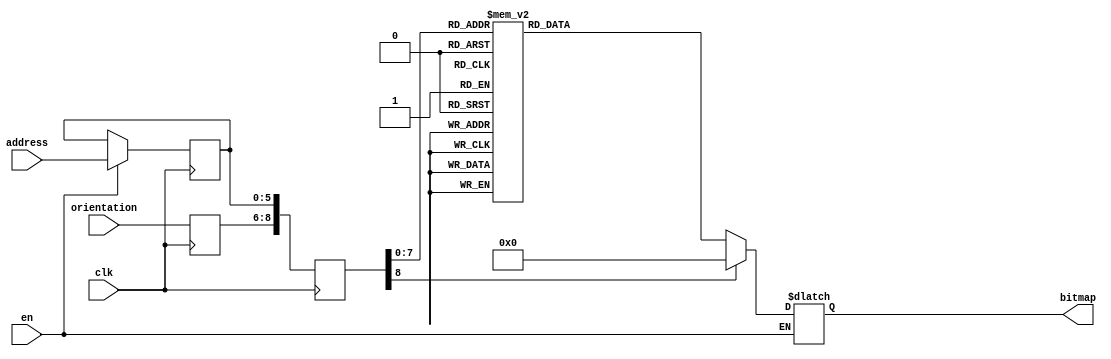
module newshape1 (clk, en, orientation, address, bitmap); 
    input  clk;
    input   en;
    input wire [2:0] orientation;
    input wire[5:0] address;
    output reg [50:0] bitmap;
    reg   [8:0] raddr;
    reg [5:0] address_reg;
    reg[2:0] orient_reg;
 always @(posedge clk)
 begin

    if (en)
     address_reg <= address;
     orient_reg <= orientation;
     raddr <= {orient_reg,address_reg};
 end

 always @(raddr) 
 begin
    if (en)
       case(raddr)
    9'b000000000 : bitmap <= 51'b000000000000000000000000010000000000000000000000000;
    9'b000000001 : bitmap <= 51'b000000000000000000000001111100000000000000000000000;
    9'b000000010 : bitmap <= 51'b000000000000000000000111111111000000000000000000000;
    9'b000000011 : bitmap <= 51'b000000000000000000001111111111100000000000000000000;
    9'b000000100 : bitmap <= 51'b000000000000000000111111111111110000000000000000000;
    9'b000000101 : bitmap <= 51'b000000000000000011111111111111100000000000000000000;
    9'b000000110 : bitmap <= 51'b000000000000001111111111111111100000000000000000000;
    9'b000000111 : bitmap <= 51'b000000000000011111111111111111000000000000000000000;
    9'b000001000 : bitmap <= 51'b000000000001111111111111111111000000000000000000000;
    9'b000001001 : bitmap <= 51'b000000000111111111111111111110000000000000000000000;
    9'b000001010 : bitmap <= 51'b000000001111111111111111111110000000000000000000000;
    9'b000001011 : bitmap <= 51'b000000111111111111111111111100000000000000001000000;
    9'b000001100 : bitmap <= 51'b000011111111111111111111111000000000000000011110000;
    9'b000001101 : bitmap <= 51'b000111111111111111111111111000000000000000011111000;
    9'b000001110 : bitmap <= 51'b011111111111111111111111110000000000000000111111110;
    9'b000001111 : bitmap <= 51'b111111111111111111111111110000000000000000111111111;
    9'b000010000 : bitmap <= 51'b111111111111111111111111100000000000000001111111111;
    9'b000010001 : bitmap <= 51'b111111111111111111111111100000000000000001111111111;
    9'b000010010 : bitmap <= 51'b111111111111111111111111000000000000000011111111111;
    9'b000010011 : bitmap <= 51'b111111111111111111111110000000000000000111111111111;
    9'b000010100 : bitmap <= 51'b111111111111111111111110000000000000000111111111111;
    9'b000010101 : bitmap <= 51'b111111111111111111111100000000000000001111111111111;
    9'b000010110 : bitmap <= 51'b111111111111111111110000000000000000001111111111111;
    9'b000010111 : bitmap <= 51'b000000000000000000000000000000000000011111111111111;
    9'b000011000 : bitmap <= 51'b000000000000000000000000000000000000011111111111111;
    9'b000011001 : bitmap <= 51'b000000000000000000000000000000000000111111111111111;
    9'b000011010 : bitmap <= 51'b000000000000000000000000000000000001111111111111111;
    9'b000011011 : bitmap <= 51'b000000000000000000000000000000000001111111111111111;
    9'b000011100 : bitmap <= 51'b000000000000000000000000000000000011111111111111111;
    9'b000011101 : bitmap <= 51'b000000000000000000000000000000000011111111111111111;
    9'b000011110 : bitmap <= 51'b000000000000000000000000000000000111111111111111111;
    9'b000011111 : bitmap <= 51'b000000000000000000000000000000000111111111111111111;
    9'b000100000 : bitmap <= 51'b000000000000000000000000000000001111111111111111111;
    9'b000100001 : bitmap <= 51'b000000000000000000000000000000011111111111111111111;
    9'b000100010 : bitmap <= 51'b000000000000000000000000000000111111111111111111111;
    9'b000100011 : bitmap <= 51'b000000000000000000000000000011111111111111111111111;
    9'b000100100 : bitmap <= 51'b000000000000000000000000001111111111111111111111111;
    9'b000100101 : bitmap <= 51'b111111111111111111111111111111111111111111111111111;
    9'b000100110 : bitmap <= 51'b111111111111111111111111111111111111111111111111111;
    9'b000100111 : bitmap <= 51'b111111111111111111111111111111111111111111111111111;
    9'b000101000 : bitmap <= 51'b111111111111111111111111111111111111111111111111111;
    9'b000101001 : bitmap <= 51'b111111111111111111111111111111111111111111111111111;
    9'b000101010 : bitmap <= 51'b111111111111111111111111111111111111111111111111111;
    9'b000101011 : bitmap <= 51'b111111111111111111111111111111111111111111111111111;
    9'b000101100 : bitmap <= 51'b111111111111111111111111111111111111111111111111111;
    9'b000101101 : bitmap <= 51'b011111111111111111111111111111111111111111111111110;
    9'b000101110 : bitmap <= 51'b000111111111111111111111111111111111111111111111000;
    9'b000101111 : bitmap <= 51'b000011111111111111111111111111111111111111111110000;
    9'b000110000 : bitmap <= 51'b000000111111111111111111111111111111111111111000000;
    9'b000110001 : bitmap <= 51'b000000001111111111111111111111111111111111100000000;
    9'b000110010 : bitmap <= 51'b000000000111111111111111111111111111111111000000000;
    9'b000110011 : bitmap <= 51'b000000000001111111111111111111111111111100000000000;
    9'b000110100 : bitmap <= 51'b000000000000011111111111111111111111110000000000000;
    9'b000110101 : bitmap <= 51'b000000000000001111111111111111111111100000000000000;
    9'b000110110 : bitmap <= 51'b000000000000000011111111111111111110000000000000000;
    9'b000110111 : bitmap <= 51'b000000000000000000111111111111111000000000000000000;
    9'b000111000 : bitmap <= 51'b000000000000000000001111111111100000000000000000000;
    9'b000111001 : bitmap <= 51'b000000000000000000000111111111000000000000000000000;
    9'b000111010 : bitmap <= 51'b000000000000000000000001111100000000000000000000000;
    9'b000111011 : bitmap <= 51'b000000000000000000000000010000000000000000000000000;


    
    
    9'b001000000 : bitmap <= 51'b000000000000000000000000010000000000000000000000000;
    9'b001000001 : bitmap <= 51'b000000000000000000000001111100000000000000000000000;
    9'b001000010 : bitmap <= 51'b000000000000000000000111111111000000000000000000000;
    9'b001000011 : bitmap <= 51'b000000000000000000001111111111100000000000000000000;
    9'b001000100 : bitmap <= 51'b000000000000000000011111111111111000000000000000000;
    9'b001000101 : bitmap <= 51'b000000000000000000001111111111111110000000000000000;
    9'b001000110 : bitmap <= 51'b000000000000000000001111111111111111100000000000000;
    9'b001000111 : bitmap <= 51'b000000000000000000000111111111111111110000000000000;
    9'b001001000 : bitmap <= 51'b000000000000000000000111111111111111111100000000000;
    9'b001001001 : bitmap <= 51'b000000000000000000000011111111111111111111000000000;
    9'b001001010 : bitmap <= 51'b000000000000000000000011111111111111111111100000000;
    9'b001001011 : bitmap <= 51'b000000100000000000000001111111111111111111111000000;
    9'b001001100 : bitmap <= 51'b000011110000000000000000111111111111111111111110000;
    9'b001001101 : bitmap <= 51'b000111110000000000000000111111111111111111111111000;
    9'b001001110 : bitmap <= 51'b011111111000000000000000011111111111111111111111110;
    9'b001001111 : bitmap <= 51'b111111111000000000000000011111111111111111111111111;
    9'b001010000 : bitmap <= 51'b111111111100000000000000001111111111111111111111111;
    9'b001010001 : bitmap <= 51'b111111111100000000000000001111111111111111111111111;
    9'b001010010 : bitmap <= 51'b111111111110000000000000000111111111111111111111111;
    9'b001010011 : bitmap <= 51'b111111111111000000000000000011111111111111111111111;
    9'b001010100 : bitmap <= 51'b111111111111000000000000000011111111111111111111111;
    9'b001010101 : bitmap <= 51'b111111111111100000000000000001111111111111111111111;
    9'b001010110 : bitmap <= 51'b111111111111100000000000000000011111111111111111111;
    9'b001010111 : bitmap <= 51'b111111111111110000000000000000000000000000000000000;
    9'b001011000 : bitmap <= 51'b111111111111110000000000000000000000000000000000000;
    9'b001011001 : bitmap <= 51'b111111111111111000000000000000000000000000000000000;
    9'b001011010 : bitmap <= 51'b111111111111111100000000000000000000000000000000000;
    9'b001011011 : bitmap <= 51'b111111111111111100000000000000000000000000000000000;
    9'b001011100 : bitmap <= 51'b111111111111111110000000000000000000000000000000000;
    9'b001011101 : bitmap <= 51'b111111111111111110000000000000000000000000000000000;
    9'b001011110 : bitmap <= 51'b111111111111111111000000000000000000000000000000000;
    9'b001011111 : bitmap <= 51'b111111111111111111000000000000000000000000000000000;
    9'b001100000 : bitmap <= 51'b111111111111111111100000000000000000000000000000000;
    9'b001100001 : bitmap <= 51'b111111111111111111110000000000000000000000000000000;
    9'b001100010 : bitmap <= 51'b111111111111111111111000000000000000000000000000000;
    9'b001100011 : bitmap <= 51'b111111111111111111111110000000000000000000000000000;
    9'b001100100 : bitmap <= 51'b111111111111111111111111100000000000000000000000000;
    9'b001100101 : bitmap <= 51'b111111111111111111111111111111111111111111111111111;
    9'b001100110 : bitmap <= 51'b111111111111111111111111111111111111111111111111111;
    9'b001100111 : bitmap <= 51'b111111111111111111111111111111111111111111111111111;
    9'b001101000 : bitmap <= 51'b111111111111111111111111111111111111111111111111111;
    9'b001101001 : bitmap <= 51'b111111111111111111111111111111111111111111111111111;
    9'b001101010 : bitmap <= 51'b111111111111111111111111111111111111111111111111111;
    9'b001101011 : bitmap <= 51'b111111111111111111111111111111111111111111111111111;
    9'b001101100 : bitmap <= 51'b111111111111111111111111111111111111111111111111111;
    9'b001101101 : bitmap <= 51'b011111111111111111111111111111111111111111111111110;
    9'b001101110 : bitmap <= 51'b000111111111111111111111111111111111111111111111000;
    9'b001101111 : bitmap <= 51'b000011111111111111111111111111111111111111111110000;
    9'b001110000 : bitmap <= 51'b000000111111111111111111111111111111111111111000000;
    9'b001110001 : bitmap <= 51'b000000001111111111111111111111111111111111100000000;
    9'b001110010 : bitmap <= 51'b000000000111111111111111111111111111111111000000000;
    9'b001110011 : bitmap <= 51'b000000000001111111111111111111111111111100000000000;
    9'b001110100 : bitmap <= 51'b000000000000011111111111111111111111110000000000000;
    9'b001110101 : bitmap <= 51'b000000000000001111111111111111111111100000000000000;
    9'b001110110 : bitmap <= 51'b000000000000000011111111111111111110000000000000000;
    9'b001110111 : bitmap <= 51'b000000000000000000111111111111111000000000000000000;
    9'b001111000 : bitmap <= 51'b000000000000000000001111111111100000000000000000000;
    9'b001111001 : bitmap <= 51'b000000000000000000000111111111000000000000000000000;
    9'b001111010 : bitmap <= 51'b000000000000000000000001111100000000000000000000000;
    9'b001111011 : bitmap <= 51'b000000000000000000000000010000000000000000000000000;


    
    9'b010000000 : bitmap <= 51'b000000000000000000000000010000000000000000000000000;
    9'b010000001 : bitmap <= 51'b000000000000000000000001111100000000000000000000000;
    9'b010000010 : bitmap <= 51'b000000000000000000000111111111000000000000000000000;
    9'b010000011 : bitmap <= 51'b000000000000000000001111111111100000000000000000000;
    9'b010000100 : bitmap <= 51'b000000000000000000011111111111100000000000000000000;
    9'b010000101 : bitmap <= 51'b000000000000000011111111111111100000000000000000000;
    9'b010000110 : bitmap <= 51'b000000000000001111111111111111000000000000000000000;
    9'b010000111 : bitmap <= 51'b000000000000011111111111111111000000000000000000000;
    9'b010001000 : bitmap <= 51'b000000000001111111111111111110000000000000000000000;
    9'b010001001 : bitmap <= 51'b000000000111111111111111111110000000000000000000000;
    9'b010001010 : bitmap <= 51'b000000001111111111111111111100000000000000000000000;
    9'b010001011 : bitmap <= 51'b000000111111111111111111111100000000000000001000000;
    9'b010001100 : bitmap <= 51'b000011111111111111111111111000000000000000001110000;
    9'b010001101 : bitmap <= 51'b000111111111111111111111110000000000000000011111000;
    9'b010001110 : bitmap <= 51'b011111111111111111111111110000000000000000111111110;
    9'b010001111 : bitmap <= 51'b111111111111111111111111100000000000000000111111111;
    9'b010010000 : bitmap <= 51'b111111111111111111111111100000000000000001111111111;
    9'b010010001 : bitmap <= 51'b111111111111111111111111000000000000000001111111111;
    9'b010010010 : bitmap <= 51'b111111111111111111111111000000000000000011111111111;
    9'b010010011 : bitmap <= 51'b111111111111111111111110000000000000000111111111111;
    9'b010010100 : bitmap <= 51'b111111111111111111111110000000000000000111111111111;
    9'b010010101 : bitmap <= 51'b111111111111111111111100000000000000001111111111111;
    9'b010010110 : bitmap <= 51'b111111111111111111111000000000000000001111111111111;
    9'b010010111 : bitmap <= 51'b111111111111111111111000000000000000011111111111111;
    9'b010011000 : bitmap <= 51'b111111111111111111110000000000000000011111111111111;
    9'b010011001 : bitmap <= 51'b111111111111111111110000000000000000111111111111111;
    9'b010011010 : bitmap <= 51'b111111111111111111100000000000000001111111111111111;
    9'b010011011 : bitmap <= 51'b111111111111111111100000000000000001111111111111111;
    9'b010011100 : bitmap <= 51'b111111111111111111100000000000000001111111111111111;
    9'b010011101 : bitmap <= 51'b111111111111111111100000000000000011111111111111111;
    9'b010011110 : bitmap <= 51'b111111111111111111100000000000000011111111111111111;
    9'b010011111 : bitmap <= 51'b111111111111111111100000000000000001111111111111111;
    9'b010100000 : bitmap <= 51'b111111111111111111100000000000000001111111111111111;
    9'b010100001 : bitmap <= 51'b111111111111111111110000000000000001111111111111111;
    9'b010100010 : bitmap <= 51'b111111111111111111110000000000000000111111111111111;
    9'b010100011 : bitmap <= 51'b111111111111111111111000000000000000011111111111111;
    9'b010100100 : bitmap <= 51'b111111111111111111111000000000000000011111111111111;
    9'b010100101 : bitmap <= 51'b111111111111111111111100000000000000001111111111111;
    9'b010100110 : bitmap <= 51'b111111111111111111111110000000000000001111111111111;
    9'b010100111 : bitmap <= 51'b111111111111111111111110000000000000000111111111111;
    9'b010101000 : bitmap <= 51'b111111111111111111111111000000000000000111111111111;
    9'b010101001 : bitmap <= 51'b111111111111111111111111000000000000000011111111111;
    9'b010101010 : bitmap <= 51'b111111111111111111111111100000000000000001111111111;
    9'b010101011 : bitmap <= 51'b111111111111111111111111100000000000000001111111111;
    9'b010101100 : bitmap <= 51'b111111111111111111111111110000000000000000111111111;
    9'b010101101 : bitmap <= 51'b011111111111111111111111110000000000000000111111110;
    9'b010101110 : bitmap <= 51'b000111111111111111111111111000000000000000011111000;
    9'b010101111 : bitmap <= 51'b000011111111111111111111111100000000000000011110000;
    9'b010110000 : bitmap <= 51'b000000111111111111111111111100000000000000001000000;
    9'b010110001 : bitmap <= 51'b000000001111111111111111111110000000000000000000000;
    9'b010110010 : bitmap <= 51'b000000000111111111111111111110000000000000000000000;
    9'b010110011 : bitmap <= 51'b000000000001111111111111111111000000000000000000000;
    9'b010110100 : bitmap <= 51'b000000000000011111111111111111000000000000000000000;
    9'b010110101 : bitmap <= 51'b000000000000001111111111111111100000000000000000000;
    9'b010110110 : bitmap <= 51'b000000000000000011111111111111100000000000000000000;
    9'b010110111 : bitmap <= 51'b000000000000000000111111111111110000000000000000000;
    9'b010111000 : bitmap <= 51'b000000000000000000001111111111100000000000000000000;
    9'b010111001 : bitmap <= 51'b000000000000000000000111111111000000000000000000000;
    9'b010111010 : bitmap <= 51'b000000000000000000000001111100000000000000000000000;
    9'b010111011 : bitmap <= 51'b000000000000000000000000010000000000000000000000000;

    9'b011000000 : bitmap <= 51'b000000000000000000000000010000000000000000000000000;
    9'b011000001 : bitmap <= 51'b000000000000000000000001111100000000000000000000000;
    9'b011000010 : bitmap <= 51'b000000000000000000000111111111000000000000000000000;
    9'b011000011 : bitmap <= 51'b000000000000000000001111111111100000000000000000000;
    9'b011000100 : bitmap <= 51'b000000000000000000001111111111110000000000000000000;
    9'b011000101 : bitmap <= 51'b000000000000000000001111111111111110000000000000000;
    9'b011000110 : bitmap <= 51'b000000000000000000000111111111111111100000000000000;
    9'b011000111 : bitmap <= 51'b000000000000000000000111111111111111110000000000000;
    9'b011001000 : bitmap <= 51'b000000000000000000000011111111111111111100000000000;
    9'b011001001 : bitmap <= 51'b000000000000000000000011111111111111111111000000000;
    9'b011001010 : bitmap <= 51'b000000000000000000000001111111111111111111100000000;
    9'b011001011 : bitmap <= 51'b000000100000000000000001111111111111111111111000000;
    9'b011001100 : bitmap <= 51'b000011100000000000000000111111111111111111111110000;
    9'b011001101 : bitmap <= 51'b000111110000000000000000011111111111111111111111000;
    9'b011001110 : bitmap <= 51'b011111111000000000000000011111111111111111111111110;
    9'b011001111 : bitmap <= 51'b111111111000000000000000001111111111111111111111111;
    9'b011010000 : bitmap <= 51'b111111111100000000000000001111111111111111111111111;
    9'b011010001 : bitmap <= 51'b111111111100000000000000000111111111111111111111111;
    9'b011010010 : bitmap <= 51'b111111111110000000000000000111111111111111111111111;
    9'b011010011 : bitmap <= 51'b111111111111000000000000000011111111111111111111111;
    9'b011010100 : bitmap <= 51'b111111111111000000000000000011111111111111111111111;
    9'b011010101 : bitmap <= 51'b111111111111100000000000000001111111111111111111111;
    9'b011010110 : bitmap <= 51'b111111111111100000000000000000111111111111111111111;
    9'b011010111 : bitmap <= 51'b111111111111110000000000000000111111111111111111111;
    9'b011011000 : bitmap <= 51'b111111111111110000000000000000011111111111111111111;
    9'b011011001 : bitmap <= 51'b111111111111111000000000000000011111111111111111111;
    9'b011011010 : bitmap <= 51'b111111111111111100000000000000001111111111111111111;
    9'b011011011 : bitmap <= 51'b111111111111111100000000000000001111111111111111111;
    9'b011011100 : bitmap <= 51'b111111111111111100000000000000001111111111111111111;
    9'b011011101 : bitmap <= 51'b111111111111111110000000000000001111111111111111111;
    9'b011011110 : bitmap <= 51'b111111111111111110000000000000001111111111111111111;
    9'b011011111 : bitmap <= 51'b111111111111111100000000000000001111111111111111111;
    9'b011100000 : bitmap <= 51'b111111111111111100000000000000001111111111111111111;
    9'b011100001 : bitmap <= 51'b111111111111111100000000000000011111111111111111111;
    9'b011100010 : bitmap <= 51'b111111111111111000000000000000011111111111111111111;
    9'b011100011 : bitmap <= 51'b111111111111110000000000000000111111111111111111111;
    9'b011100100 : bitmap <= 51'b111111111111110000000000000000111111111111111111111;
    9'b011100101 : bitmap <= 51'b111111111111100000000000000001111111111111111111111;
    9'b011100110 : bitmap <= 51'b111111111111100000000000000011111111111111111111111;
    9'b011100111 : bitmap <= 51'b111111111111000000000000000011111111111111111111111;
    9'b011101000 : bitmap <= 51'b111111111111000000000000000111111111111111111111111;
    9'b011101001 : bitmap <= 51'b111111111110000000000000000111111111111111111111111;
    9'b011101010 : bitmap <= 51'b111111111100000000000000001111111111111111111111111;
    9'b011101011 : bitmap <= 51'b111111111100000000000000001111111111111111111111111;
    9'b011101100 : bitmap <= 51'b111111111000000000000000011111111111111111111111111;
    9'b011101101 : bitmap <= 51'b011111111000000000000000011111111111111111111111110;
    9'b011101110 : bitmap <= 51'b000111110000000000000000111111111111111111111111000;
    9'b011101111 : bitmap <= 51'b000011110000000000000001111111111111111111111110000;
    9'b011110000 : bitmap <= 51'b000000100000000000000001111111111111111111111000000;
    9'b011110001 : bitmap <= 51'b000000000000000000000011111111111111111111100000000;
    9'b011110010 : bitmap <= 51'b000000000000000000000011111111111111111111000000000;
    9'b011110011 : bitmap <= 51'b000000000000000000000111111111111111111100000000000;
    9'b011110100 : bitmap <= 51'b000000000000000000000111111111111111110000000000000;
    9'b011110101 : bitmap <= 51'b000000000000000000001111111111111111100000000000000;
    9'b011110110 : bitmap <= 51'b000000000000000000001111111111111110000000000000000;
    9'b011110111 : bitmap <= 51'b000000000000000000011111111111111000000000000000000;
    9'b011111000 : bitmap <= 51'b000000000000000000001111111111100000000000000000000;
    9'b011111001 : bitmap <= 51'b000000000000000000000111111111000000000000000000000;
    9'b011111010 : bitmap <= 51'b000000000000000000000001111100000000000000000000000;
    9'b011111011 : bitmap <= 51'b000000000000000000000000010000000000000000000000000;


    default: bitmap <= 0;
       endcase
 end
        endmodule